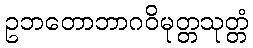
ဥဘတောဘာဂဝိမုတ္တသုတ္တံ